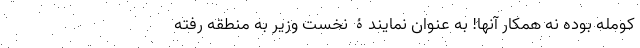
کومله بوده نه همکار آنها! به عنوان نمایندۀ نخست وزیر به منطقه رفته